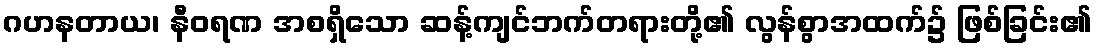
ဂဟနတာယ၊ နီဝရဏ အစရှိသော ဆန့်ကျင်ဘက်တရားတို့၏ လွန်စွာအထက်၌ ဖြစ်ခြင်း၏